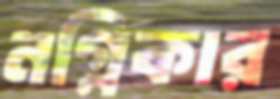
নগ্নিকার